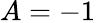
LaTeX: A=-1